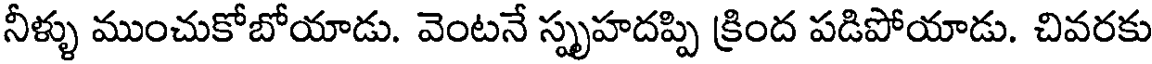
నీళ్ళు ముంచుకోబోయాడు. వెంటనే స్పృహదప్పి క్రింద పడిపోయాడు. చివరకు